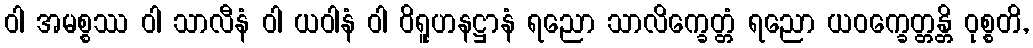
ဝါ အမစ္စဿ ဝါ သာလီနံ ဝါ ယဝါနံ ဝါ ဝိရူဟနဋ္ဌာနံ ရညော သာလိက္ခေတ္တံ ရညော ယဝက္ခေတ္တန္တိ ဝုစ္စတိ,